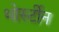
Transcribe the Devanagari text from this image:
थोर्स्टीन